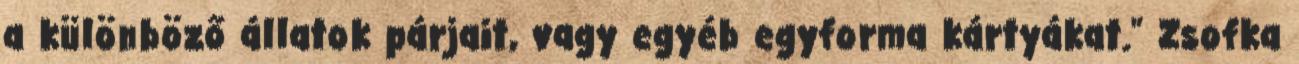
a különböző állatok párjait, vagy egyéb egyforma kártyákat." Zsofka